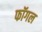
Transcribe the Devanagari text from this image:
फॉगल